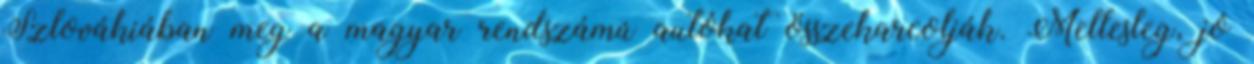
Szlovákiában meg a magyar rendszámú autókat összekarcolják. Mellesleg, jó